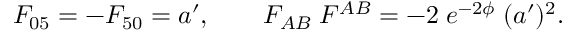
F _ { 0 5 } = - F _ { 5 0 } = a ^ { \prime } , \qquad F _ { A B } \; F ^ { A B } = - 2 \; e ^ { - 2 \phi } \; ( a ^ { \prime } ) ^ { 2 } .